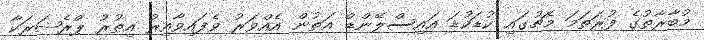
މުބާރާތުގެ ފުރަތަމަ މެޗުގައި ކުޑަކުޑަ އައިސްލޭންޑް އަތުން އެއްވަރު ވެފައިވާއިރު އިތުރު ޕްރެޝަރަކާ